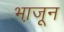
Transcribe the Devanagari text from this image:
भा़जून